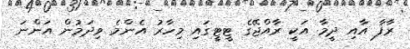
ރާފާ އާއި ދީމާ އަކީ ރާއްޖޭގެ ޓީޓީގައި މިހާރު އެންމެ ވިދަމުން އަންނަ